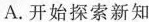
A.开始探索新知